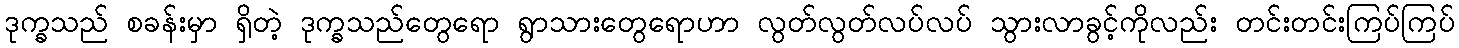
ဒုက္ခသည် စခန်းမှာ ရှိတဲ့ ဒုက္ခသည်တွေရော ရွာသားတွေရောဟာ လွတ်လွတ်လပ်လပ် သွားလာခွင့်ကိုလည်း တင်းတင်းကြပ်ကြပ်